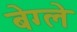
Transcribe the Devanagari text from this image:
बेग्ले